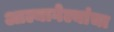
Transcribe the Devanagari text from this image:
आल्यागेल्यांचा